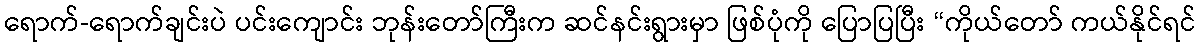
ရောက်-ရောက်ချင်းပဲ ပင်းကျောင်း ဘုန်းတော်ကြီးက ဆင်နင်းရွားမှာ ဖြစ်ပုံကို ပြောပြပြီး “ကိုယ်တော် ကယ်နိုင်ရင်